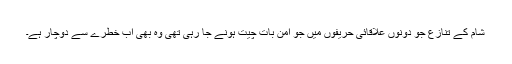
شام کے تنازع جو دونوں علاقائی حریفوں میں جو امن بات چیت ہونے جا رہی تھی وہ بھی اب خطرے سے دوچار ہے۔